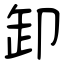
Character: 卸